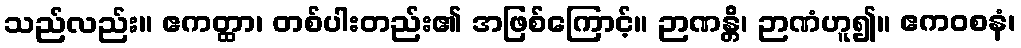
သည်လည်း။ ဧကတ္ထာ၊ တစ်ပါးတည်း၏ အဖြစ်ကြောင့်။ ဉာဏန္တိ၊ ဉာဏံဟူ၍။ ဧကဝစနံ၊